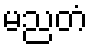
မညတံ